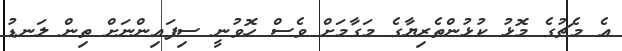
އެ މެޗުގެ މޮޅު ކުޅުންތެރިޔާގެ މަގާމަށް ވެސް ހޮވުނީ ސިފައިންނަށް ތިން ލަނޑު